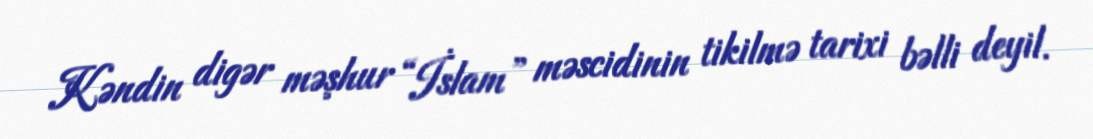
Kəndin digər məşhur “İslam” məscidinin tikilmə tarixi bəlli deyil.